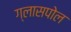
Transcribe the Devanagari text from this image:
ग्लासपोल